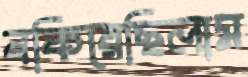
বকিয়েছিলাম